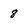
Character: 8